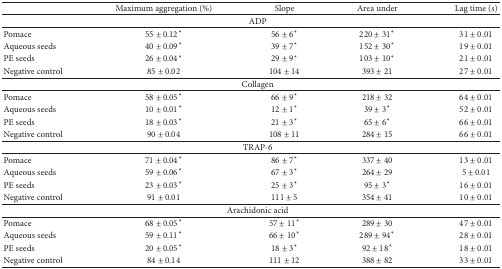
<table><thead><tr><td><b> </b></td><td><b>Maximum aggregation (%)</b></td><td><b>Slope</b></td><td><b>Area under</b></td><td><b>Lag time (s)</b></td></tr></thead><tbody><tr><td> </td><td colspan="3">ADP</td><td> </td></tr><tr><td>Pomace</td><td>55 ± 0.12*</td><td>56 ± 6*</td><td>220 ± 31*</td><td>31 ± 0.01</td></tr><tr><td>Aqueous seeds</td><td>40 ± 0.09*</td><td>39 ± 7*</td><td>152 ± 30*</td><td>19 ± 0.01</td></tr><tr><td>PE seeds</td><td>26 ± 0.04*</td><td>29 ± 9*</td><td>103 ± 10*</td><td>21 ± 0.01</td></tr><tr><td>Negative control</td><td>85 ± 0.02</td><td>104 ± 14</td><td>393 ± 21</td><td>27 ± 0.01</td></tr><tr><td> </td><td colspan="3">Collagen</td><td> </td></tr><tr><td>Pomace</td><td>58 ± 0.05*</td><td>66 ± 9*</td><td>218 ± 32</td><td>64 ± 0.01</td></tr><tr><td>Aqueous seeds</td><td>10 ± 0.01*</td><td>12 ± 1*</td><td>39 ± 3*</td><td>52 ± 0.01</td></tr><tr><td>PE seeds</td><td>18 ± 0.03*</td><td>21 ± 3*</td><td>65 ± 6*</td><td>66 ± 0.01</td></tr><tr><td>Negative control</td><td>90 ± 0.04</td><td>108 ± 11</td><td>284 ± 15</td><td>66 ± 0.01</td></tr><tr><td> </td><td colspan="3">TRAP-6</td><td> </td></tr><tr><td>Pomace</td><td>71 ± 0.04*</td><td>86 ± 7*</td><td>337 ± 40</td><td>13 ± 0.01</td></tr><tr><td>Aqueous seeds</td><td>59 ± 0.06*</td><td>67 ± 3*</td><td>264 ± 29</td><td>5 ± 0.01</td></tr><tr><td>PE seeds</td><td>23 ± 0.03*</td><td>25 ± 3*</td><td>95 ± 3*</td><td>16 ± 0.01</td></tr><tr><td>Negative control</td><td>91 ± 0.01</td><td>111 ± 5</td><td>354 ± 41</td><td>10 ± 0.01</td></tr><tr><td> </td><td colspan="3">Arachidonic acid</td><td> </td></tr><tr><td>Pomace</td><td>68 ± 0.05*</td><td>57 ± 11*</td><td>289 ± 30</td><td>47 ± 0.01</td></tr><tr><td>Aqueous seeds</td><td>59 ± 0.11*</td><td>66 ± 10*</td><td>289 ± 94*</td><td>28 ± 0.01</td></tr><tr><td>PE seeds</td><td>20 ± 0.05*</td><td>18 ± 3*</td><td>92 ± 18*</td><td>18 ± 0.01</td></tr><tr><td>Negative control</td><td>84 ± 0.14</td><td>111 ± 12</td><td>388 ± 82</td><td>33 ± 0.01</td></tr></tbody></table>